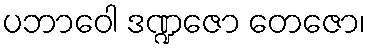
ပဘာဝေါ ဒဏ္ဍဇော တေဇော၊